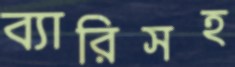
ব্যারিসহ